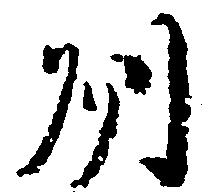
州